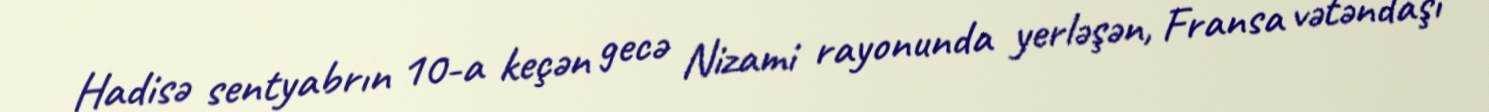
Hadisə sentyabrın 10-a keçən gecə Nizami rayonunda yerləşən, Fransa vətəndaşı